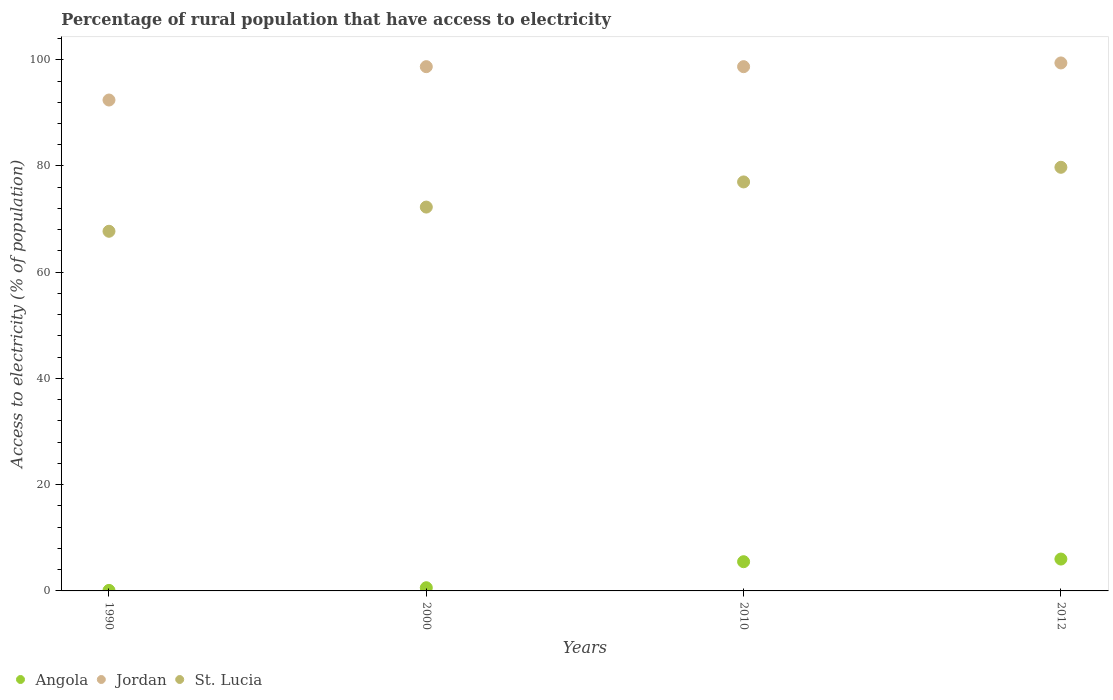
| Years | Angola | Jordan | St. Lucia |
 | --- | --- | --- | --- |
 | 1990 | 0.1 | 92.4 | 67.7 |
 | 2000 | 0.6 | 98.7 | 72.3 |
 | 2010 | 5.5 | 98.7 | 77 |
 | 2012 | 6 | 99.4 | 79.8 |